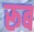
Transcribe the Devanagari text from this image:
रूब